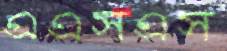
এএসএস